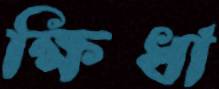
ক্ষিধা